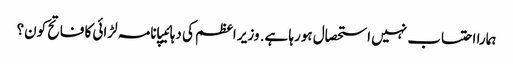
ہمارا احتساب نہیں استحصال ہورہا ہے. وزیر اعظم کی دہائیپانامہ لڑائی کا فاتح کون؟